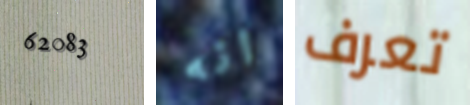
62083 انه تعرف